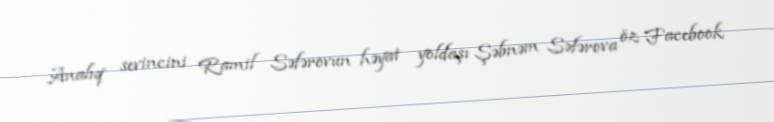
Analıq sevincini Ramil Səfərovun həyat yoldaşı Şəbnəm Səfərova öz Facebook